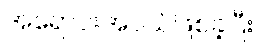
အရောင်းအဝယ်ဖြစ်ခဲ့ပြီး